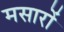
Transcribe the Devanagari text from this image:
मसारों